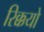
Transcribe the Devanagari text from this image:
रिक्कयो